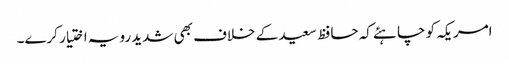
امریکہ کو چاہئے کہ حافظ سعید کے خلاف بھی شدید رویہ اختیار کرے۔